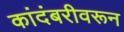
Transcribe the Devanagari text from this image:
कांदंबरीवरून